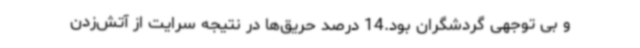
و بی توجهی گردشگران بود.14 درصد حریق‌ها در نتیجه سرایت از آتش‌زدن